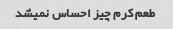
طعم کرم چیز احساس نمیشد